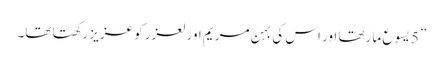
” 5 یسوع ما رتھا اور اس کی بہن مریم اور لعزر کو عزیز رکھتا تھا۔